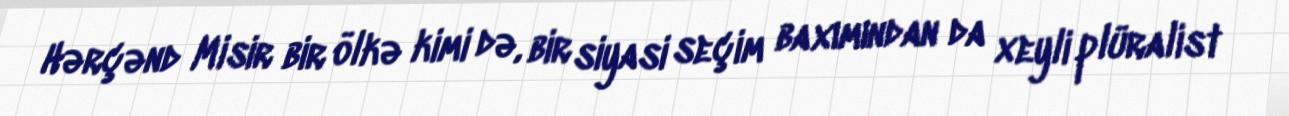
Hərçənd Misir bir ölkə kimi də, bir siyasi seçim baxımından da xeyli plüralist